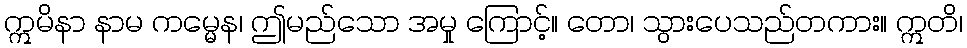
ဣမိနာ နာမ ကမ္မေန၊ ဤမည်သော အမှု ကြောင့်။ တော၊ သွားပေသည်တကား။ ဣတိ၊